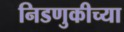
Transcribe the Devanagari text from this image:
निडणुकीच्या